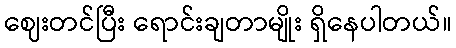
ဈေးတင်ပြီး ရောင်းချတာမျိုး ရှိနေပါတယ်။